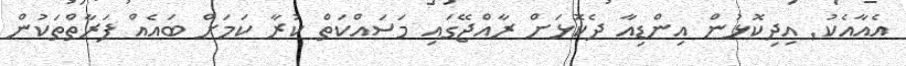
އެއާއެކު